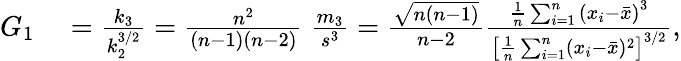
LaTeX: \begin{array}{rl}{G_{1}}&{{}={\frac{k_{3}}{k_{2}^{3/2}}}={\frac{n^{2}}{(n-1)(n-2)}}\; {\frac{m_{3}}{s^{3}}}={\frac{\sqrt{n(n-1)}}{n-2}}{\frac{{\frac{1}{n}}\sum_{i=1}^{n}{(x_{i}-{\bar{x}})}^{3}}{\left[{\frac{1}{n}}\sum_{i=1}^{n}(x_{i}-{\bar{x}})^{2}\right]^{3/2}}},}\end{array}